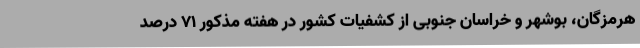
هرمزگان، بوشهر و خراسان جنوبی از کشفیات کشور در هفته مذکور 71 درصد